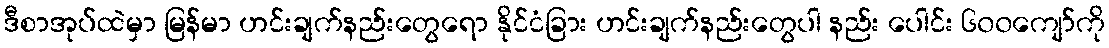
ဒီစာအုပ်ထဲမှာ မြန်မာ ဟင်းချက်နည်းတွေရော နိုင်ငံခြား ဟင်းချက်နည်းတွေပါ နည်း ပေါင်း ၆၀၀ကျော်ကို